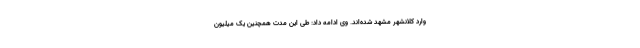
وارد کلانشهر مشهد شده‌اند. وی ادامه داد: طی این مدت همچنین یک میلیون